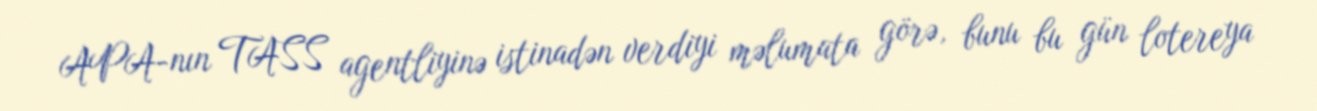
APA-nın TASS agentliyinə istinadən verdiyi məlumata görə, bunu bu gün lotereya